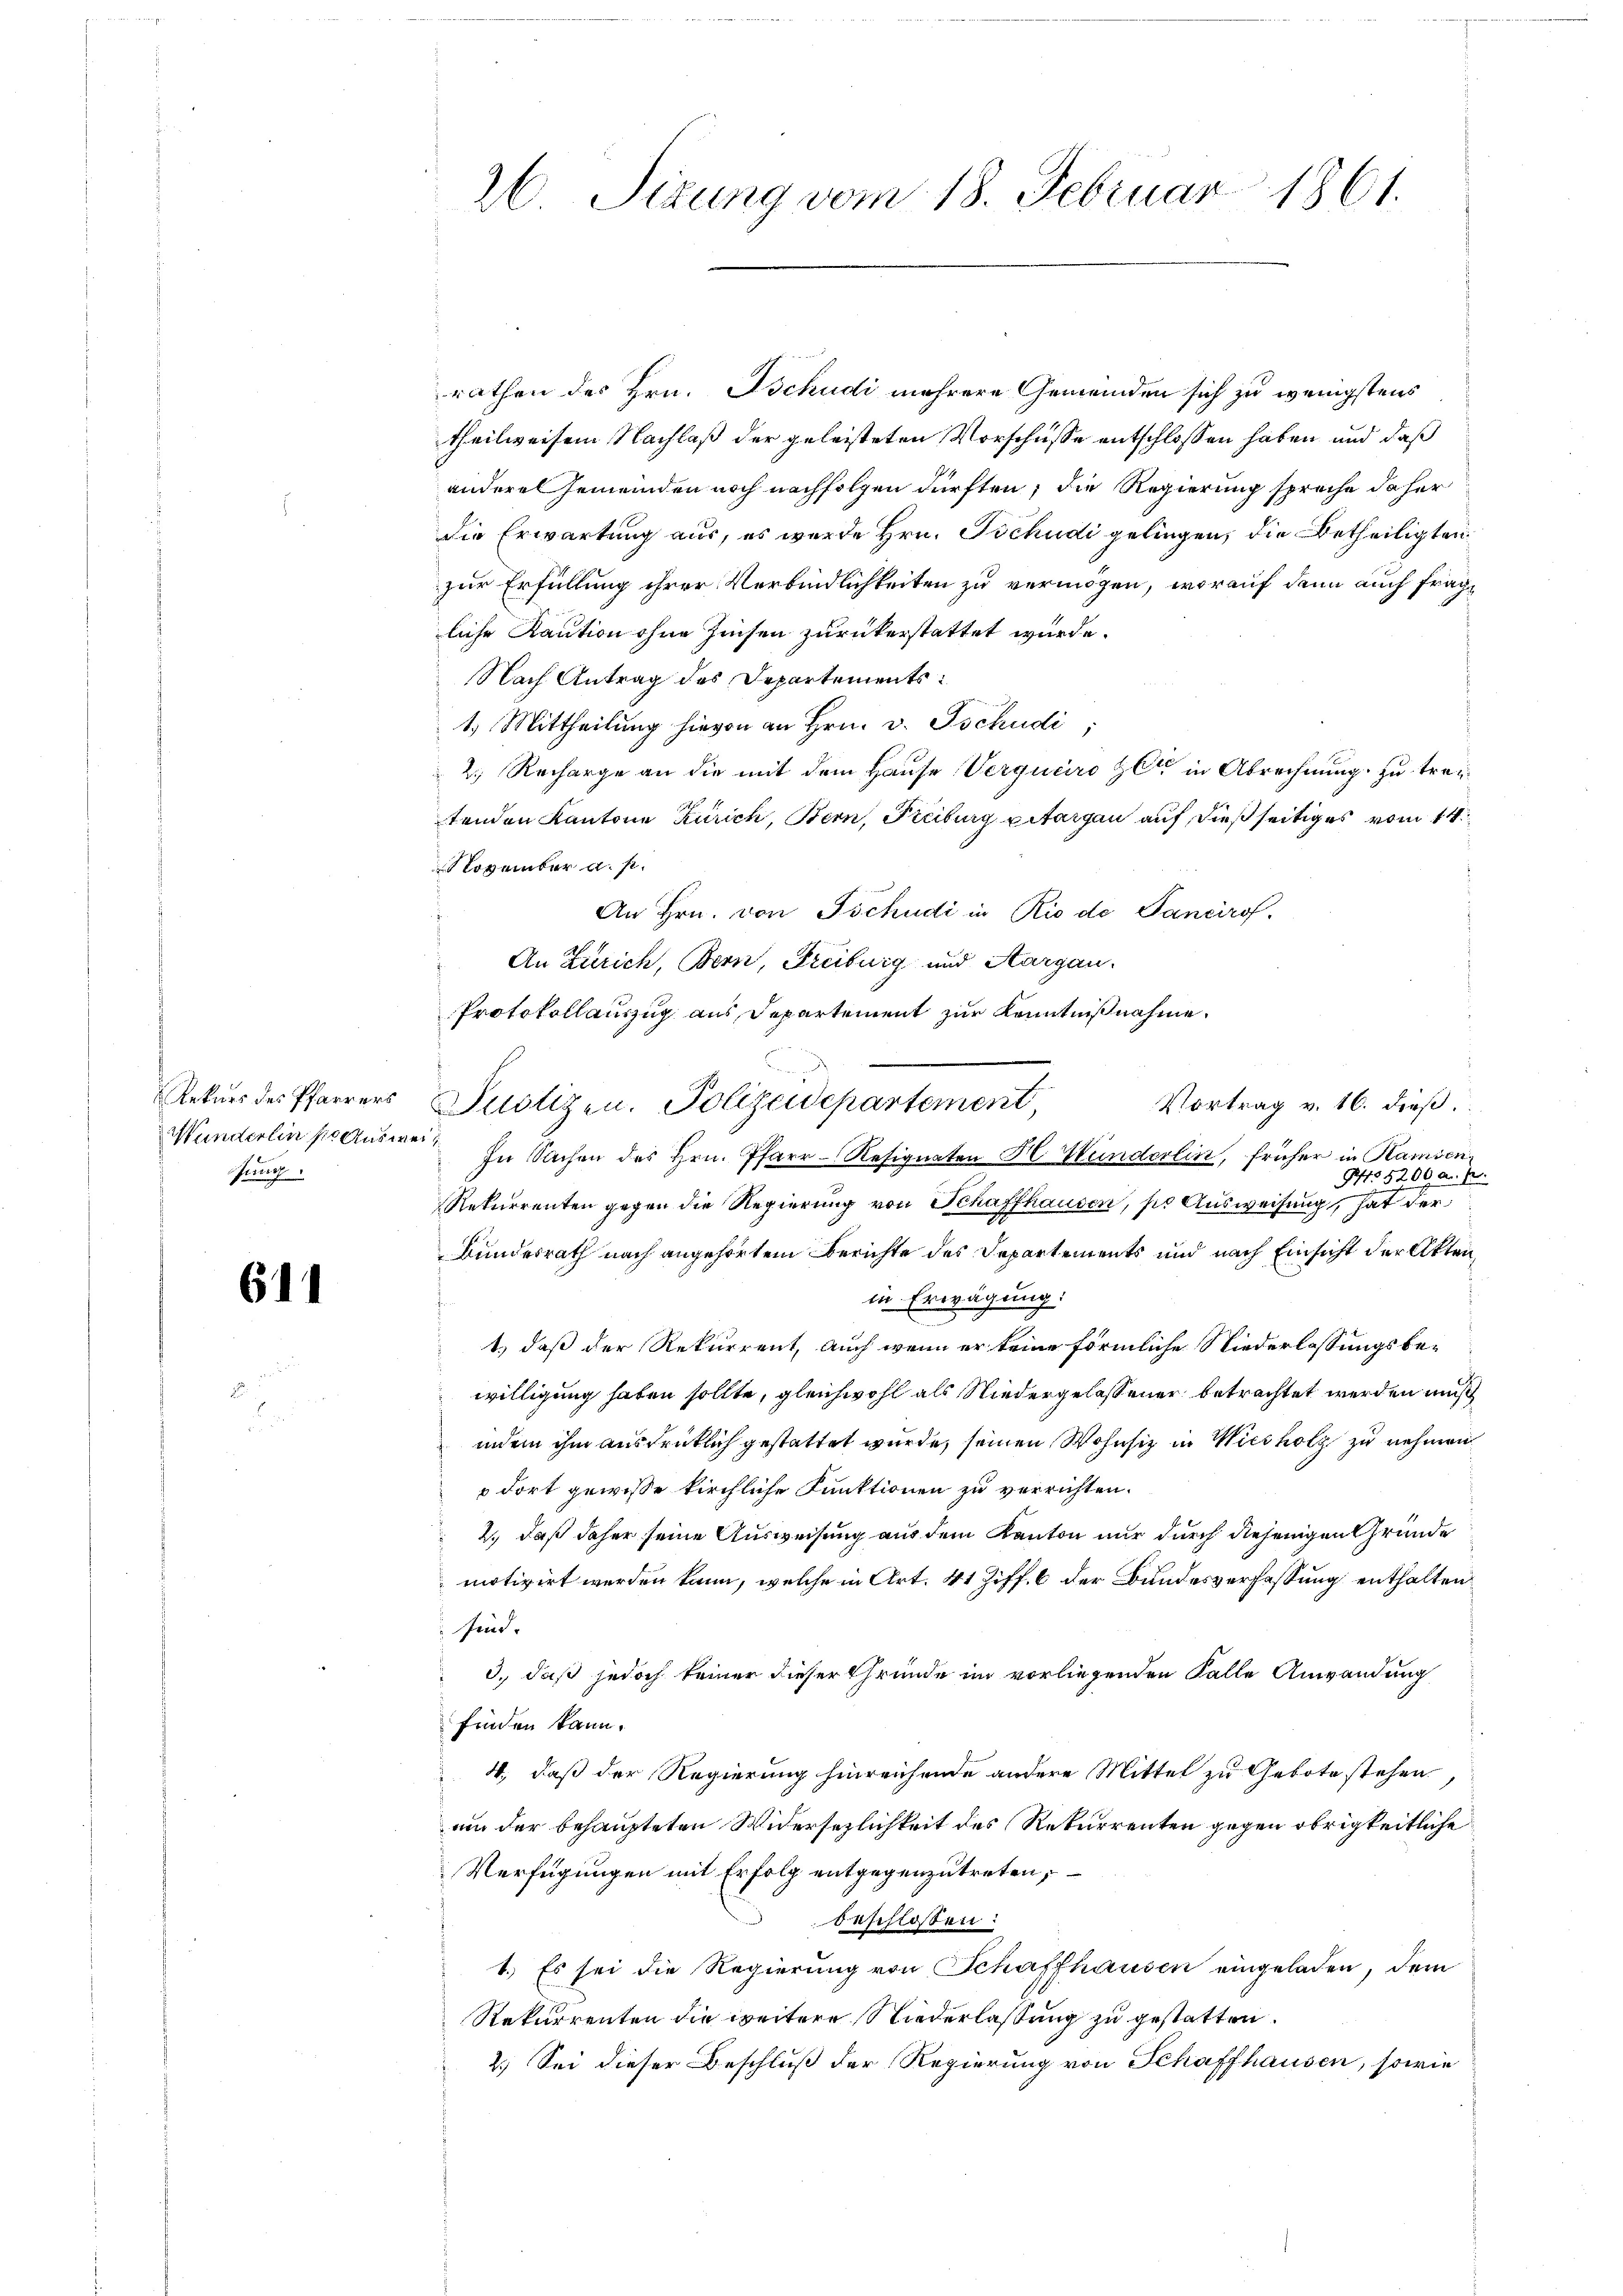
Prech

614

26. Sizung vom 18. Februar 1861.

rathen des Hrn. Tschudi mehrere Gemeinden sich zu wenigstens
theilweisen Nachlaß der geleisteten Vorschüsse entschlossen haben und daß
andere Gemeinden noch nachfolgen dürften, die Regierung spreche daher
die Erwartung aus, es wurde Hrn. Tschudi gelingen, die Betheiligten
zur Erfüllung ihrer Verbindlichkeiten zu vermögen, worauf denn auch fragliche Kaution ohne Zinsen zurückerstattet wurde.
Nach Antrag des Departements¬
1.) Mittheilung hievon an Hrn. v. Tschudi;
2. Recharge an die mit dem Hause Verqueiro Zeit in Abrechnung zu treitenden Kantone Zürich, Bern, Freiburg pitargau auf dießseitiges vom 14.
November a. p.
An Hrn. von Tschudi in Rio de Pancirof.
An Zürich, Bern, Freiburg und Aargau.
Protokollauszug aus Departement zur Kenntnißnahme.
Rekŭrs des Pfarrers Polizen. Polizeidepartement,
Vortrag v. 16. dieß
Munderlin sie Ausweis in Sachen des Hrn. Pfarr-Resignaten H. Wunderlin, früher in Ramsen
No 5200 a. p.
Rekurrenten gegen die Regierung von Schaffhausen, sie Ausweisung, hat der
Bundesrath nach angehörtem Berichte des Departements und nach Einsicht der Aktenin Erwägung:
n
t., daß der Rekurrent, auch wenn er keine förmliche Niederlassungsbewilligung haben sollte, gleichwohl als Niedergelassener betrachtet werden muß
indem ihm ausdrücklich gestattet wurde, seinen Wohnsiz in Wiesholz zu nehmen
 dort gewisse kirchliche Funktionen zu verrichten.
2., daß daher seine Ausweisung aus dem Kanton nur durch diejenigen Gründe
motivirt werden kann, welche in Art. 41 Ziff. 6 der Bundesverfassung enthalten
sind.
d., daß jedoch keiner dieser Gründe im vorliegenden Falle Anwendung
finden kann.
4., daß der Regierung hinreichende andere Mittel zu Gebote stehen.
am der behaupteten Widersezlichkeit des Rekurrenten gegen obrigkeitliche
Verfügungen mit Erfolg entgegenzutreten,
beschlossen:
1.) Es sei die Regierung von Schaffhausen eingeladen, dem
Rekurrenten die weitere Niederlaßung zu gestatten.
2.) Sei dieser Beschluß der Regierung von Schaffhausen, sowie